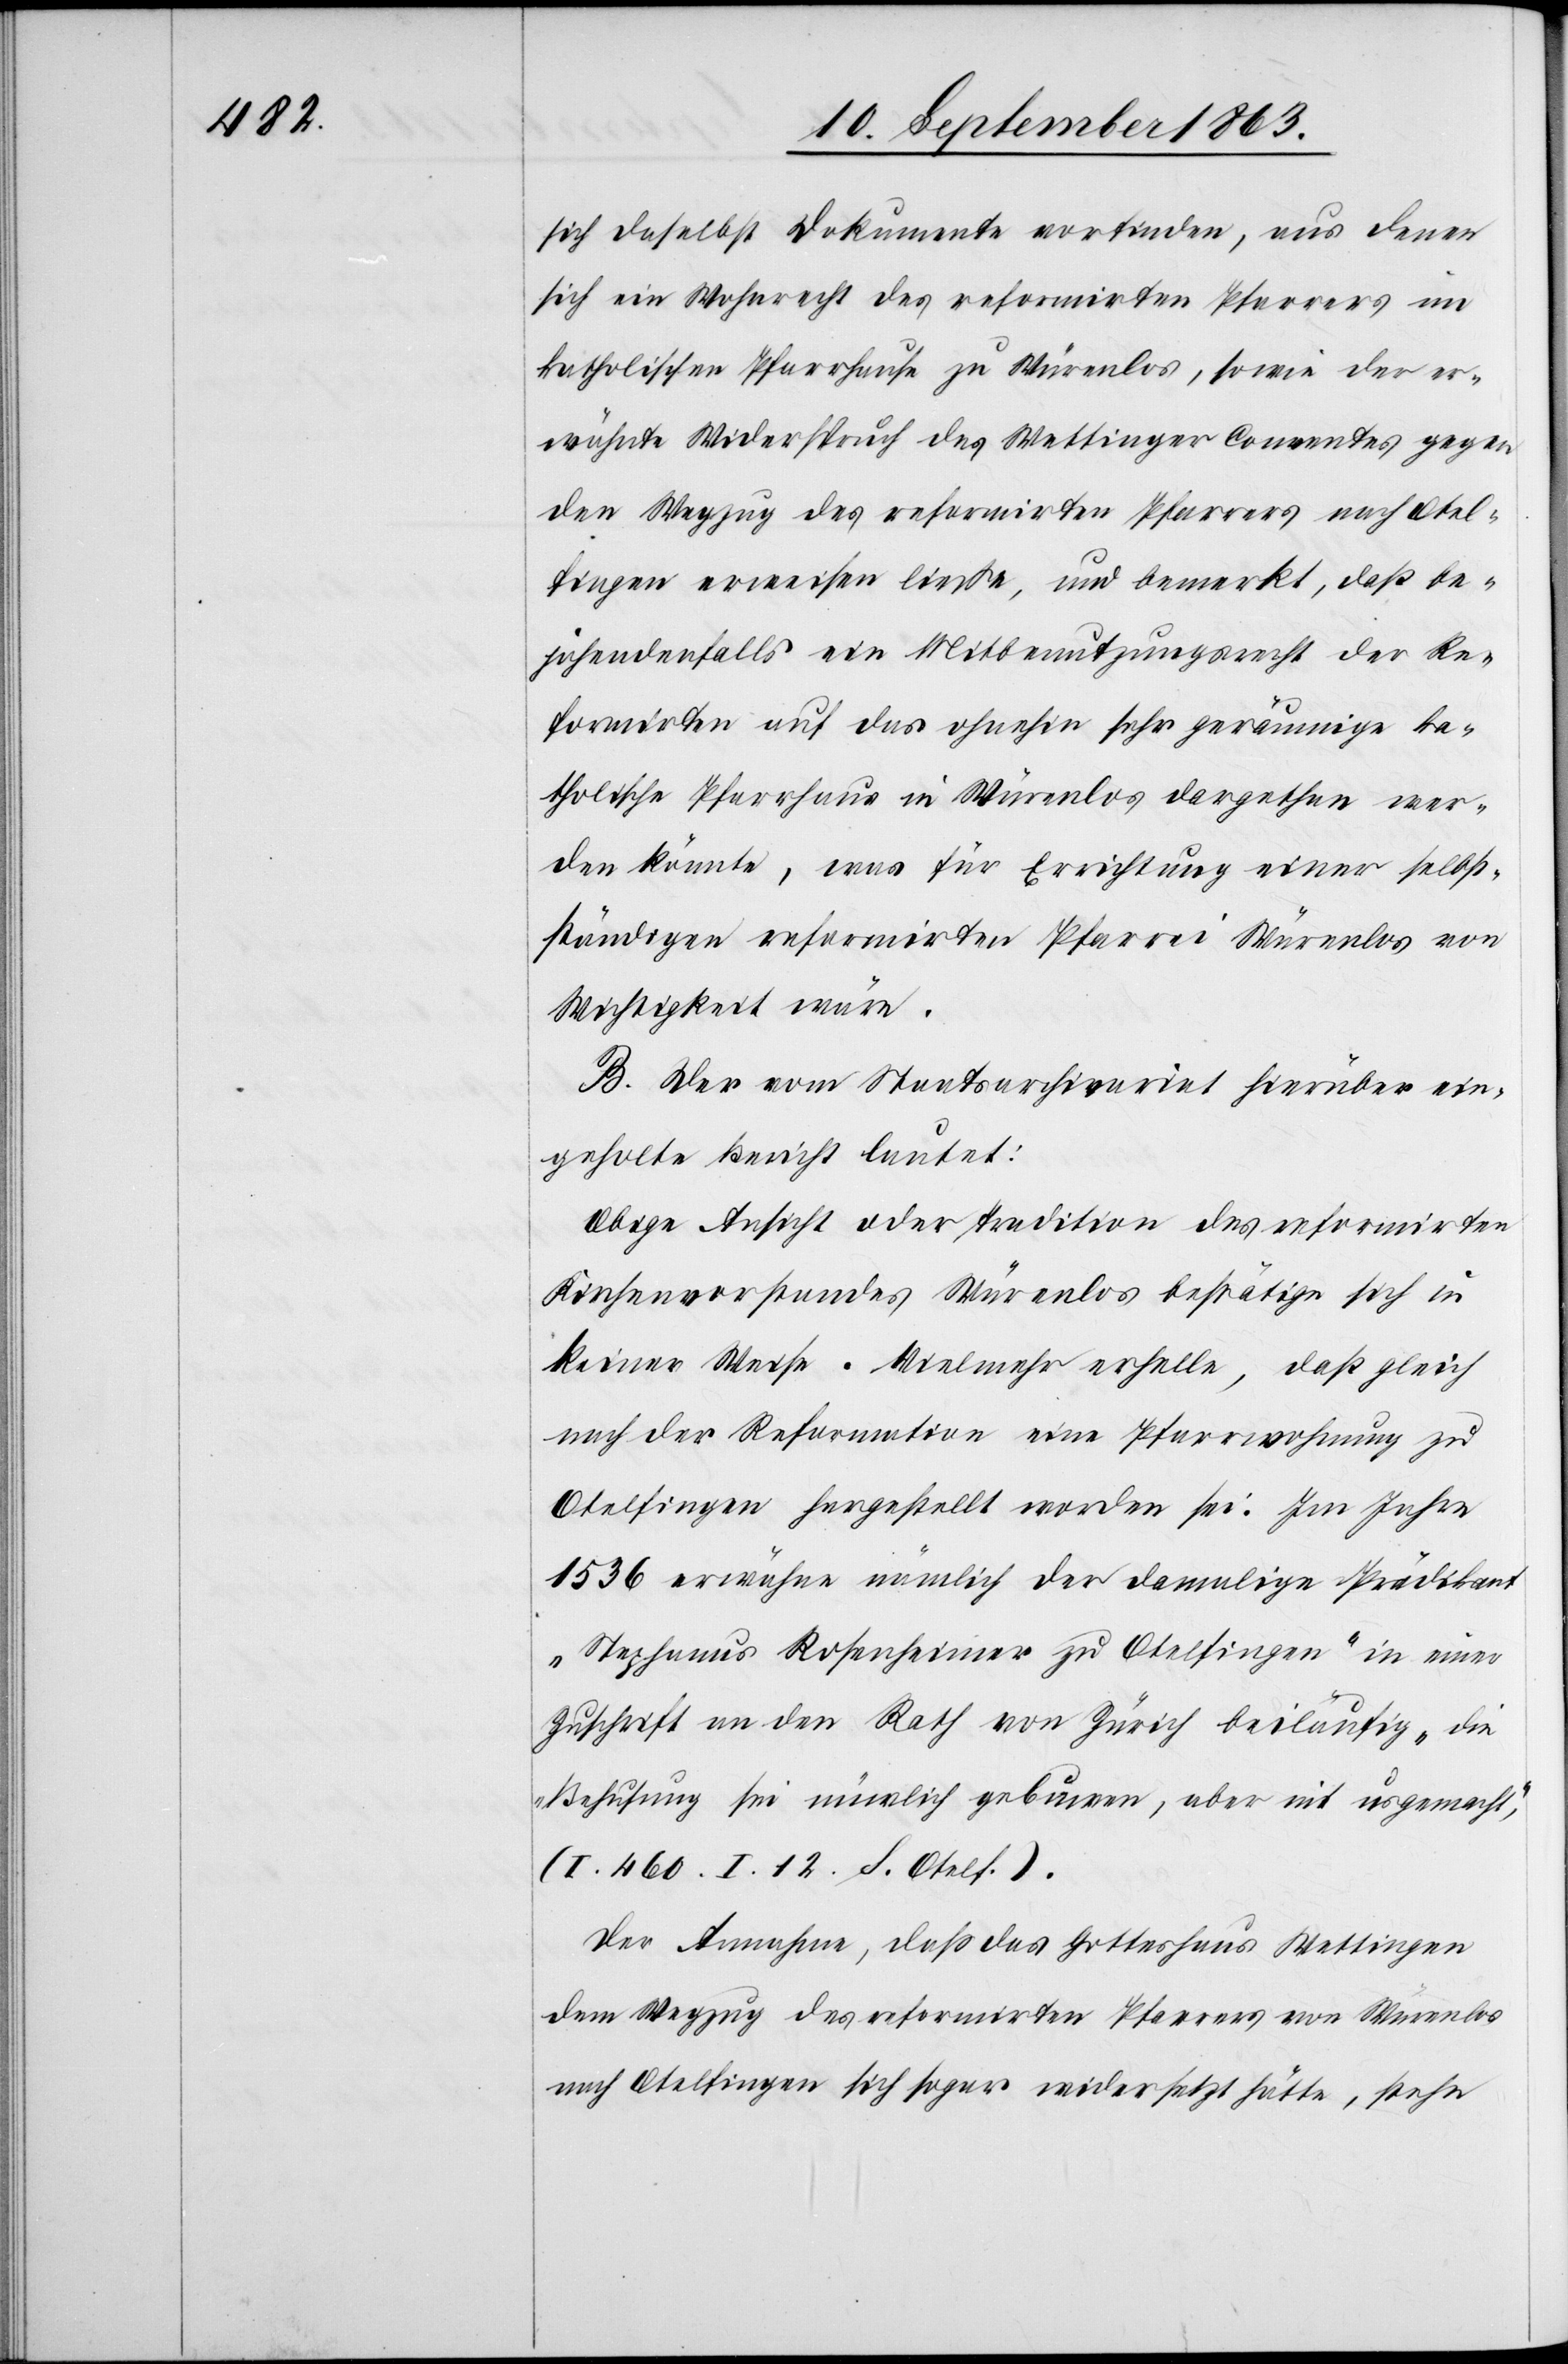
sich daselbst Dokumente vorfinden, aus denen
sich ein Wohnrecht des reformirten Pfarrers im
katholischen Pfarrhause zu Würenlos, sowie der er¬
wähnte Widerspruch des Wettinger Conventes gegen
den Wegzug des reformirten Pfarrers nach Otel¬
fingen erweisen ließe, und bemerkt, daß be¬
jahendenfalls ein Mitbenutzungsrecht der Re¬
formirten auf das ohnehin sehr geräumige ka¬
tholische Pfarrhaus in Würenlos dargethan wer¬
den könnte, was für Errichtung einer selbst¬
ständigen reformirten Pfarrei Würenlos von
Wichtigkeit wäre.
B. Der vom Staatsarchivariat hierüber ein¬
geholte Bericht lautet:
Obige Ansicht oder Tradition des reformirten
Kirchenvorstandes Würenlos bestätige sich in
keiner Weise. Vielmehr erhelle, daß gleich
nach der Reformation eine Pfarrwohnung zu
Otelfingen hergestellt worden sei. Im Jahre
1536 erwähne nämlich der damalige Prädikant
„Stephanus Rosenheimer zu Otelfingen“ in einer
Zuschrift an den Rath von Zürich beiläufig „die
Behusung sei nüwlich gebuwen, aber nit usgemacht“,
(I. 460. I. 12. S. Otelf.).
Der Annahme, daß das Gotteshaus Wettingen
dem Wegzug des reformirten Pfarrers von Würenlos
nach Otelfingen sich sogar widersetzt hätte, stehe